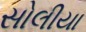
સોલીયા